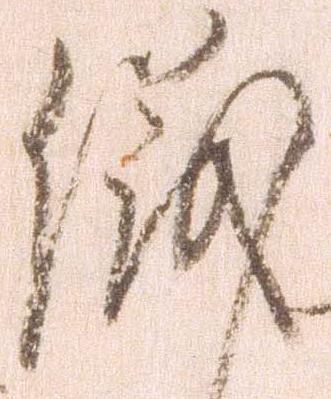
儀